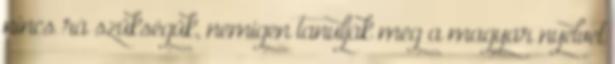
nincs rá szükségük, nemigen tanulják meg a magyar nyelvet